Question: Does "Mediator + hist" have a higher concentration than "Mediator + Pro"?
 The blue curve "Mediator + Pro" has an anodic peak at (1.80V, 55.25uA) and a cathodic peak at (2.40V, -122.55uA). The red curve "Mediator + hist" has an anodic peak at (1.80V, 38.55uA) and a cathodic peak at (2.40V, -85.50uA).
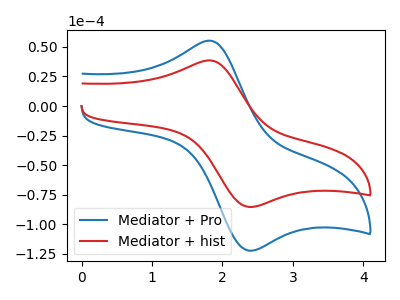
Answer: <think>All the peaks in "Mediator + hist" have a peak in "Mediator + Pro" at the same potential. Every peak in "Mediator + hist" is lower than every peak in "Mediator + Pro".
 </think>
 <answer>"Mediator + hist" has less signal than "Mediator + Pro" and so likely has a lower concentration.</answer>
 <eval>less_concentration</eval>